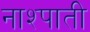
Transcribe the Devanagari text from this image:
नाश्पाती